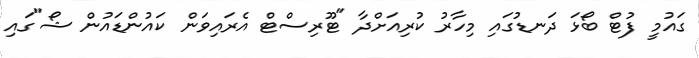
ގައުމީ ފުޓް ބޯޅަ ދަނޑުގައި މިހާރު ކުރިއަށްދާ "ޓޫރިސްޓް އެރައިވަން ކައުންޑައުން ޝޯ"ގައި